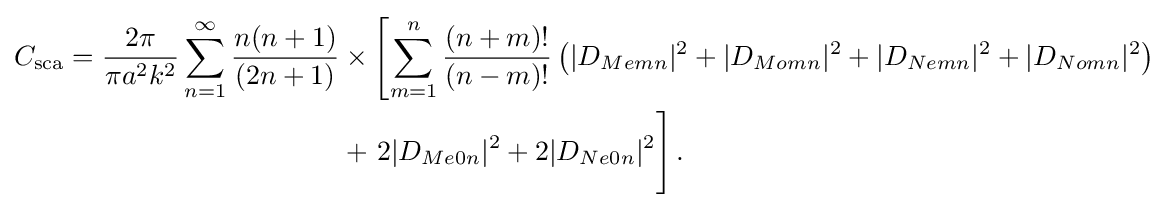
{\begin{aligned}C_{\text{sca}}={\frac {2\pi }{\pi a^{2}k^{2}}}\sum _{n=1}^{\infty }{\frac {n(n+1)}{(2n+1)}}&\times \left[\sum _{m=1}^{n}{\frac {(n+m)!}{(n-m)!}}\left(|D_{Memn}|^{2}+|D_{Momn}|^{2}+|D_{Nemn}|^{2}+|D_{Nomn}|^{2}\right)\right.\\&+\left.{\vphantom {\sum _{}}}2|D_{Me0n}|^{2}+2|D_{Ne0n}|^{2}\right].\end{aligned}}